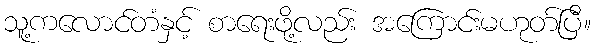
သူ့ကလောင်တံနှင့် စာရေးဖို့လည်း အကြောင်းမဟုတ်ပြီ။